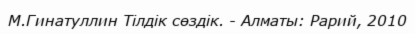
М.Гинатуллин Тілдік сөздік. - Алматы: Рарий, 2010